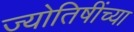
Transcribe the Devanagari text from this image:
ज्योतिषींच्या